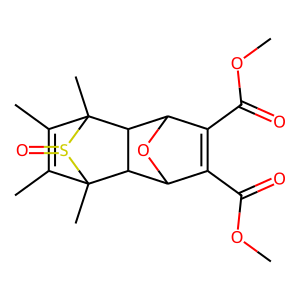
SMILES: COC(=O)C1=C(C(=O)OC)C2OC1C1C2C2(C)C(C)=C(C)C1(C)S2=O
Inhibits HIV replication: No